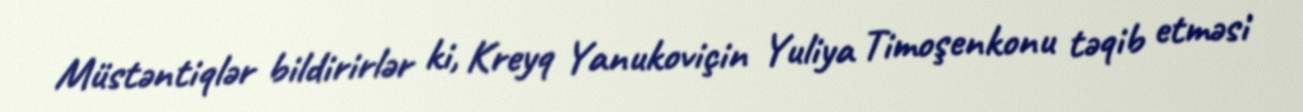
Müstəntiqlər bildirirlər ki, Kreyq Yanukoviçin Yuliya Timoşenkonu təqib etməsi